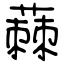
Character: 蕀